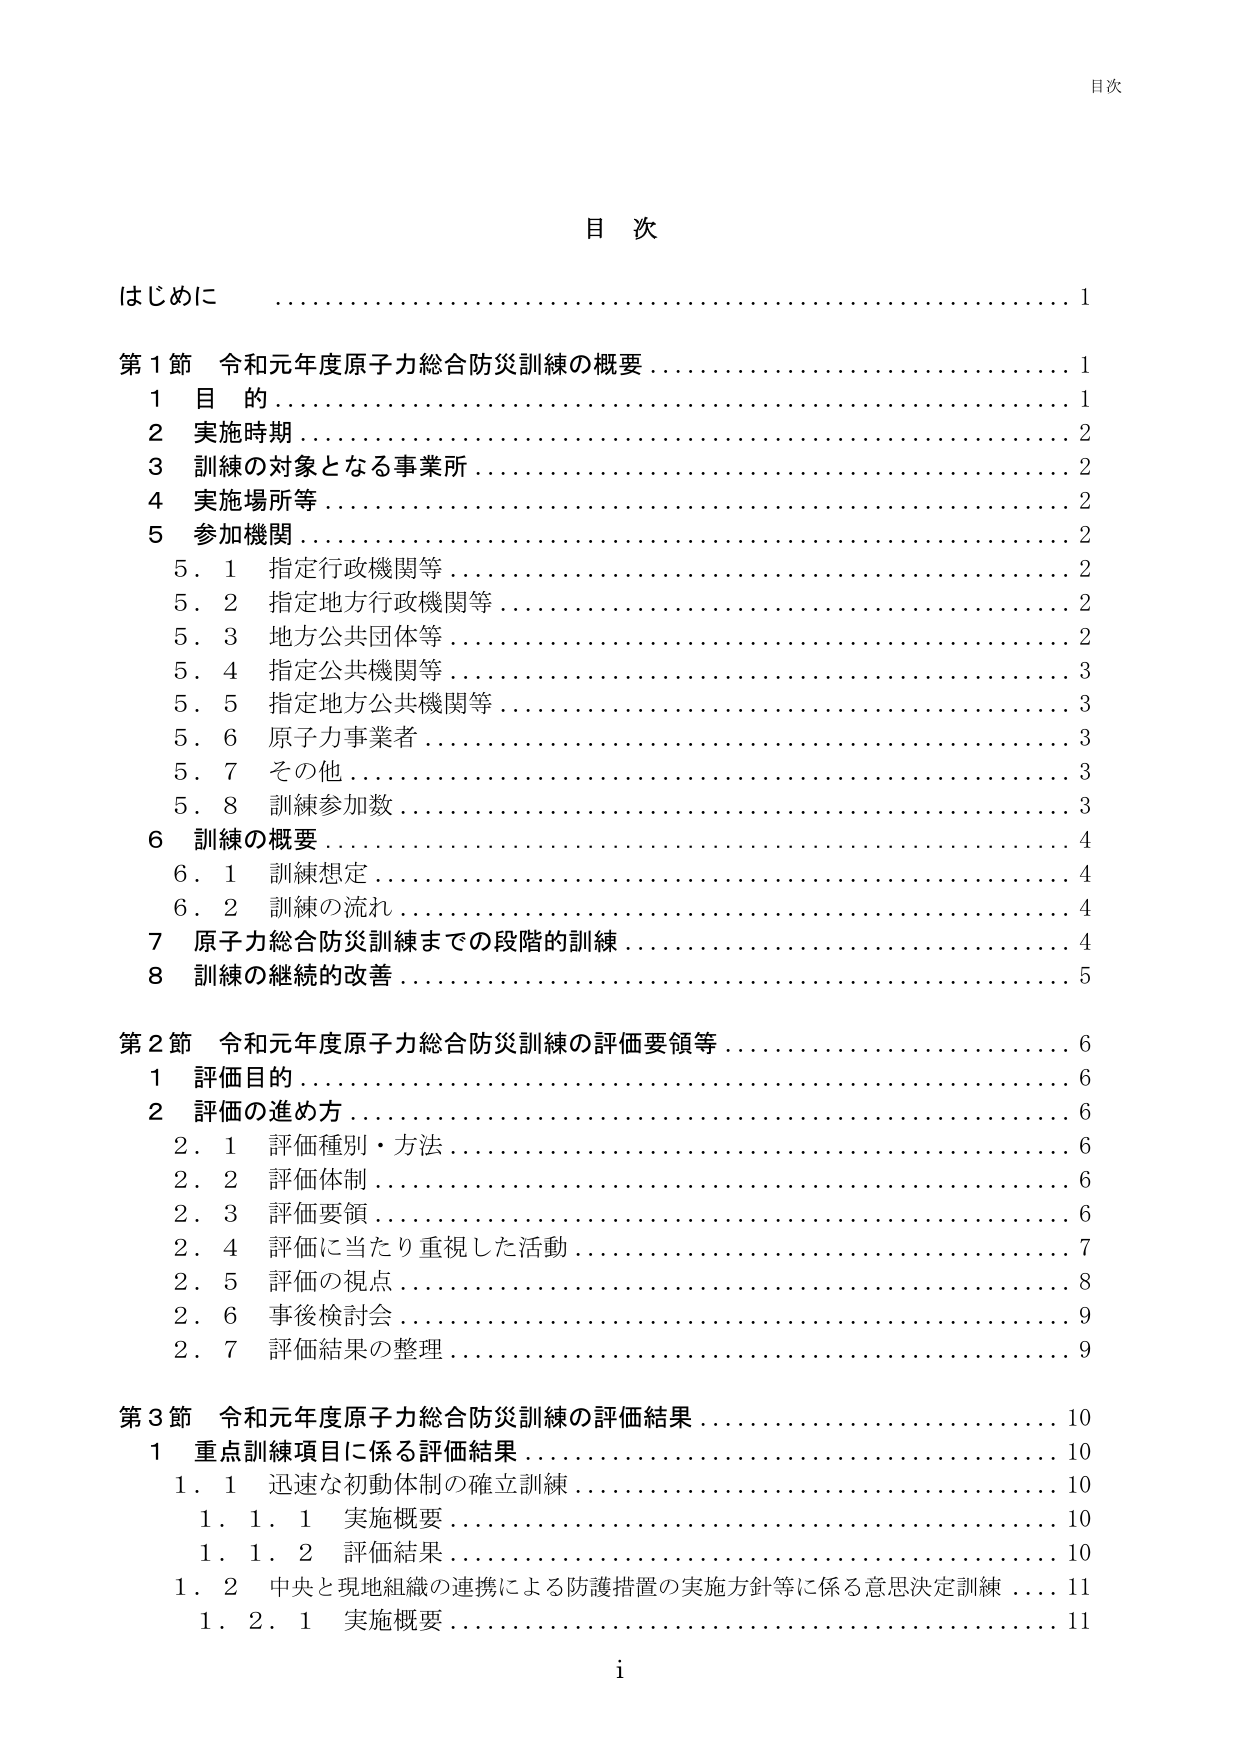
目次

はじめに 1

第1節 令和元年度原子力総合防災訓練の概要 1
　1 目的 1
　2 実施時期 2
　3 訓練の対象となる事業所 2
　4 実施場所等 2
　5 参加機関 2
　　5.1 指定行政機関等 2
　　5.2 指定地方行政機関等 2
　　5.3 地方公共団体等 2
　　5.4 指定公共機関等 3
　　5.5 指定地方公共機関等 3
　　5.6 原子力事業者 3
　　5.7 その他 3
　　5.8 訓練参加数 3
　6 訓練の概要 4
　　6.1 訓練想定 4
　　6.2 訓練の流れ 4
　7 原子力総合防災訓練までの段階的訓練 4
　8 訓練の継続的改善 5

第2節 令和元年度原子力総合防災訓練の評価要領等 6
　1 評価目的 6
　2 評価の進め方 6
　　2.1 評価種別・方法 6
　　2.2 評価体制 6
　　2.3 評価要領 6
　　2.4 評価に当たり重視した活動 7
　　2.5 評価の視点 8
　　2.6 事後検討会 9
　　2.7 評価結果の整理 9

第3節 令和元年度原子力総合防災訓練の評価結果 10
　1 重点訓練項目に係る評価結果 10
　　1.1 迅速な初動体制の確立訓練 10
　　　1.1.1 実施概要 10
　　　1.1.2 評価結果 10
　　1.2 中央と現地組織の連携による防護措置の実施方針等に係る意思決定訓練 11
　　　1.2.1 実施概要 11

i